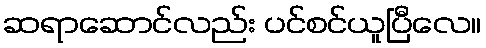
ဆရာဆောင်လည်း ပင်စင်ယူပြီလေ။